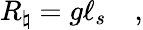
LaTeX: R_{\natural}=g\ell_{s}\quad,